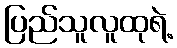
ပြည်သူလူထုရဲ့